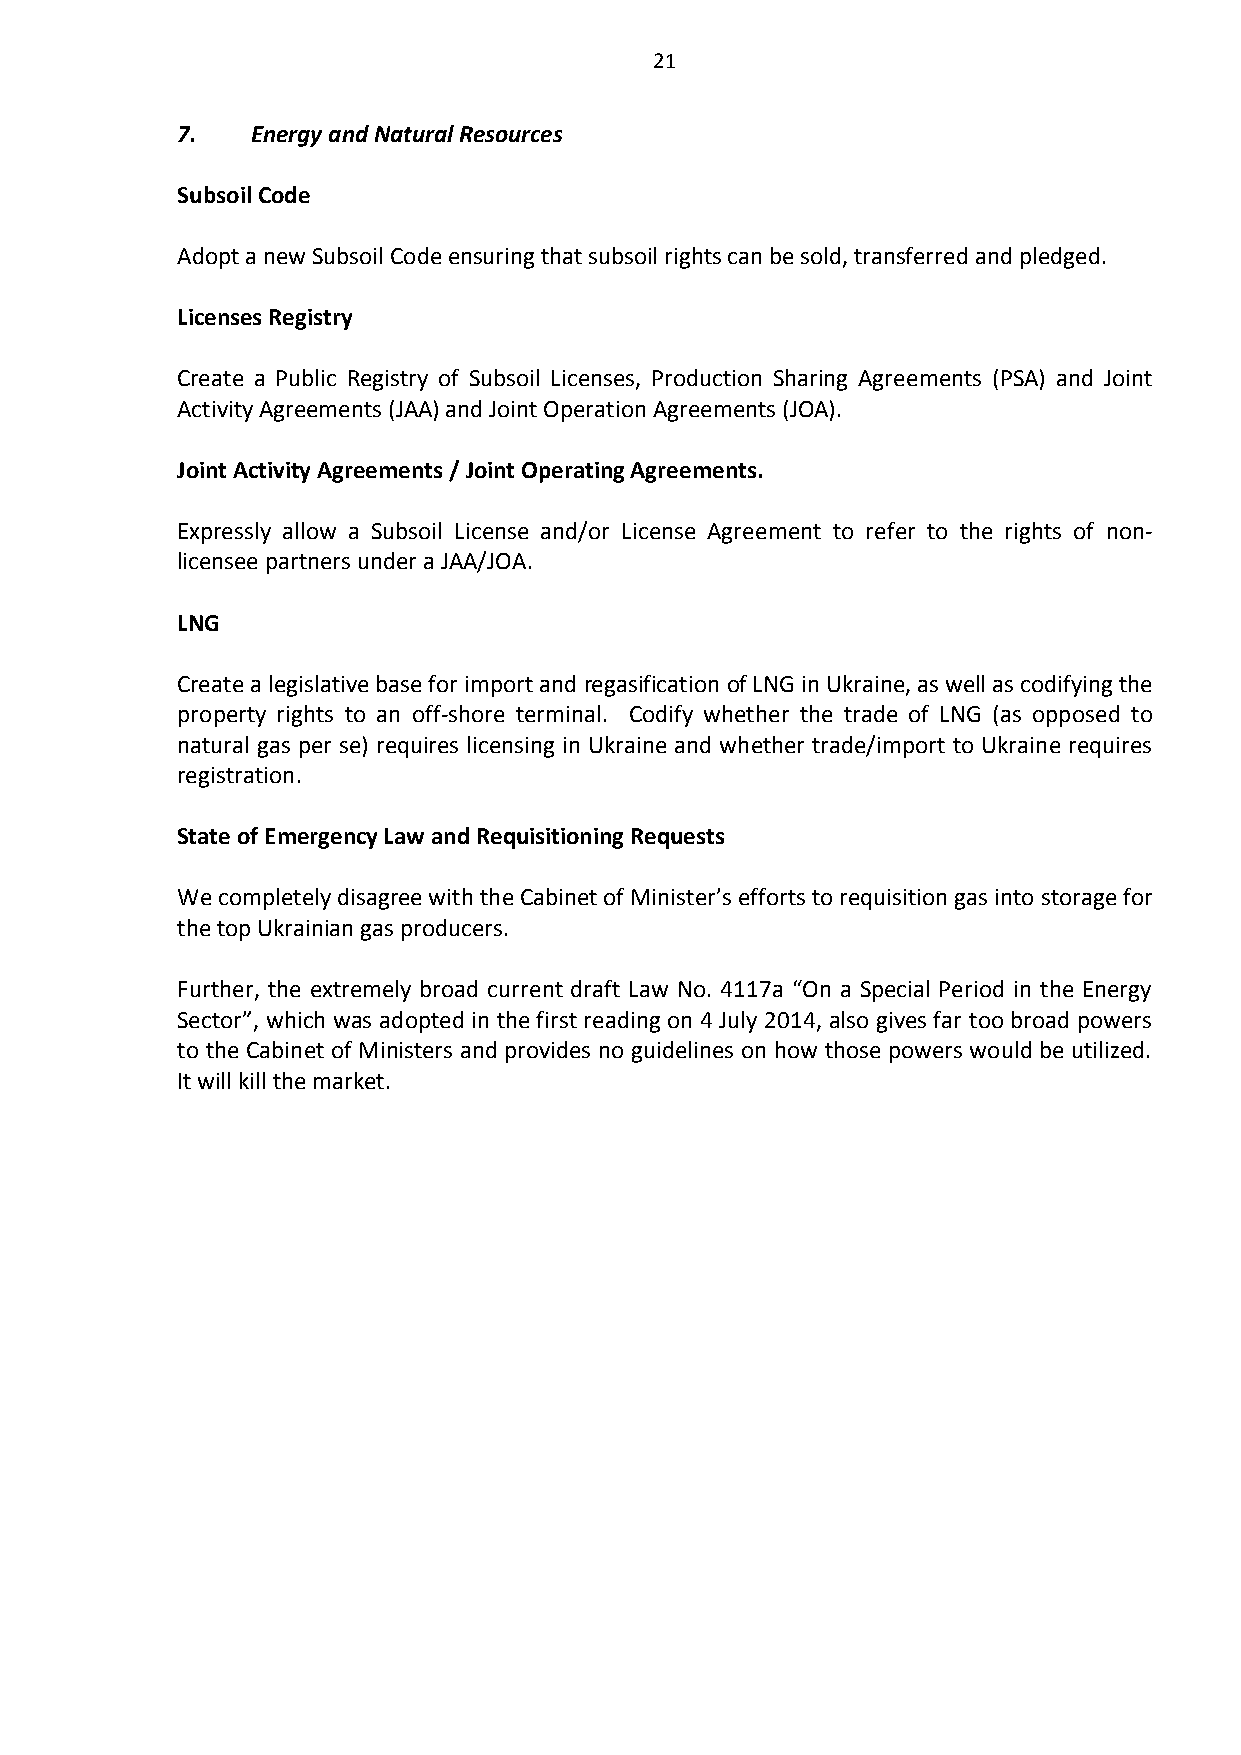
21
 7.   Energy and Natural Resources
 Subsoil Code
 Adopt a new Subsoil Code ensuring that subsoil rights can be sold, transferred and pledged.
 Licenses Registry
 Create a Public Registry of Subsoil Licenses, Production Sharing Agreements (PSA) and Joint
 Activity Agreements (JAA) and Joint Operation Agreements (JOA).
 Joint Activity Agreements / Joint Operating Agreements.
 Expressly allow a Subsoil License and/or License Agreement to refer to the rights of non-
 licensee partners under a JAA/JOA.
 LNG
 Create a legislative base for import and regasification of LNG in Ukraine, as well as codifying the
 property rights to an off-shore terminal. Codify whether the trade of LNG (as opposed to
 natural gas per se) requires licensing in Ukraine and whether trade/import to Ukraine requires
 registration.
 State of Emergency Law and Requisitioning Requests
 We completely disagree with the Cabinet of Minister’s efforts to requisition gas into storage for
 the top Ukrainian gas producers.
 Further, the extremely broad current draft Law No. 4117a “On a Special Period in the Energy
 Sector”, which was adopted in the first reading on 4 July 2014, also gives far too broad powers
 to the Cabinet of Ministers and provides no guidelines on how those powers would be utilized.
 It will kill the market.